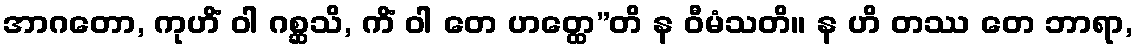
အာဂတော, ကုဟိံ ဝါ ဂစ္ဆသိ, ကိံ ဝါ တေ ဟတ္ထေ”တိ န ဝီမံသတိ။ န ဟိ တဿ တေ ဘာရာ,